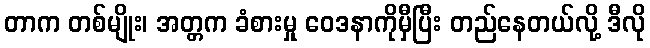
တာက တစ်မျိုး၊ အတ္တက ခံစားမှု ဝေဒနာကိုမှီပြီး တည်နေတယ်လို့ ဒီလို